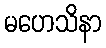
မဟေသိနာ